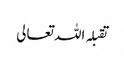
تقبلہ اللہ تعالی